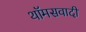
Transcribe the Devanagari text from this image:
थॉमसवादी